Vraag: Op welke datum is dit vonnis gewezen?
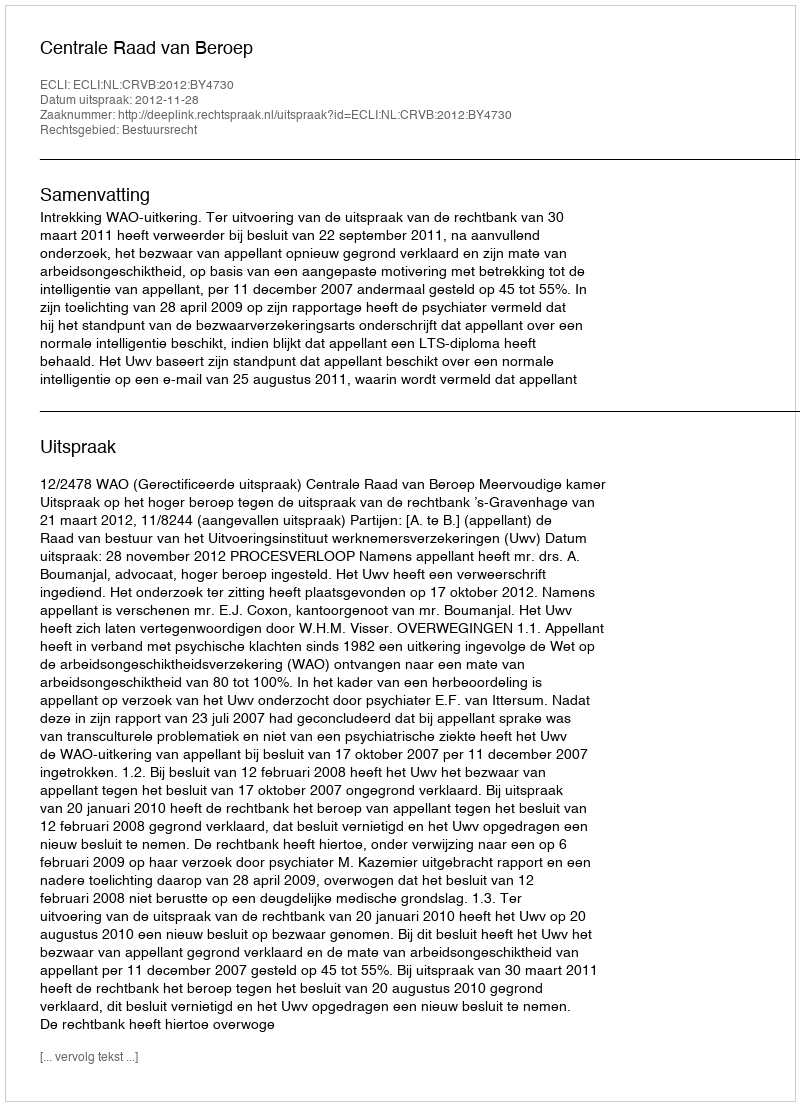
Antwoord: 2012-11-28